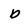
Character: b